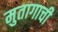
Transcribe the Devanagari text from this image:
मुतागाची